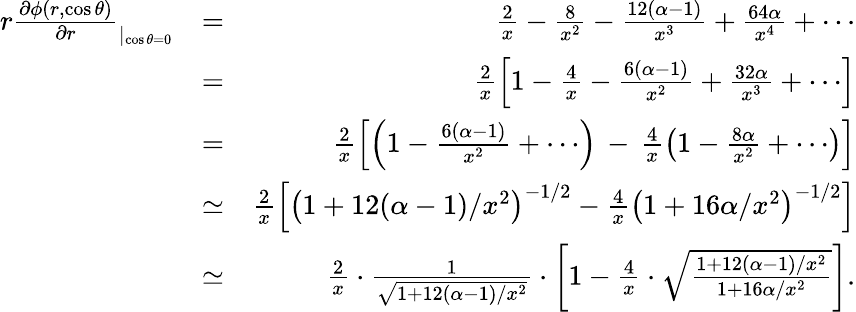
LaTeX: \begin{array}{rlr}{r\frac{\partial\phi(r,\cos\theta)}{\partial r}_{|_{\cos\theta=0}}}&{=}&{\frac{2}{x}-\frac{8}{x^{2}}-\frac{12(\alpha-1)}{x^{3}}+\frac{64\alpha}{x^{4}}+\cdots}\\ &{=}&{\frac{2}{x}\left[1-\frac{4}{x}-\frac{6(\alpha-1)}{x^{2}}+\frac{32\alpha}{x^{3}}+\cdots\right]}\\ &{=}&{\frac{2}{x}\left[\left(1-\frac{6(\alpha-1)}{x^{2}}+\cdots\right)\, -\, \frac{4}{x}\left(1-\frac{8\alpha}{x^{2}}+\cdots\right)\right]}\\ &{\simeq}&{\frac{2}{x}\left[\left(1+12(\alpha-1)/x^{2}\right)^{-1/2}-\frac{4}{x}\left(1+16\alpha/x^{2}\right)^{-1/2}\right]}\\ &{\simeq}&{\frac{2}{x}\cdot\frac{1}{\sqrt{1+12(\alpha-1)/x^{2}}}\cdot\left[1-\frac{4}{x}\cdot\sqrt{\frac{1+12(\alpha-1)/x^{2}}{1+16\alpha/x^{2}}}\right].}\end{array}